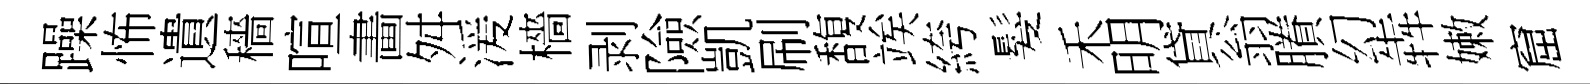
躁怖遺穡喧畵舛湲檣剥險凱刷馥竢絝髮禾明貸翁賸幻犇嫩窟